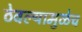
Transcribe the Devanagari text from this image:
ठेवल्यामुळेच